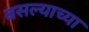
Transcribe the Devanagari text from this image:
बसल्याच्या